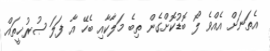
އެތަނަށް އެއްވެ ލޯ ބޮޑުކޮށްގެން ތިބެ މަލާކާއި ބެހޭ އާ ފަލަ ޞުރުޚީތައް